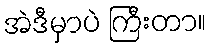
အဲဒီမှာပဲ ကြီးတာ။